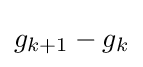
{\textstyle g_{k+1}-g_{k}}